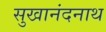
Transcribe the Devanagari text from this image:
सुखानंदनाथ